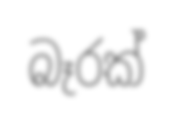
බෑරක්